Reports on military cantonments and civil stations in the Presidency of Bombay inspected by the Sanitary Commissioner in the years 1875 and 1876
Year: 1875
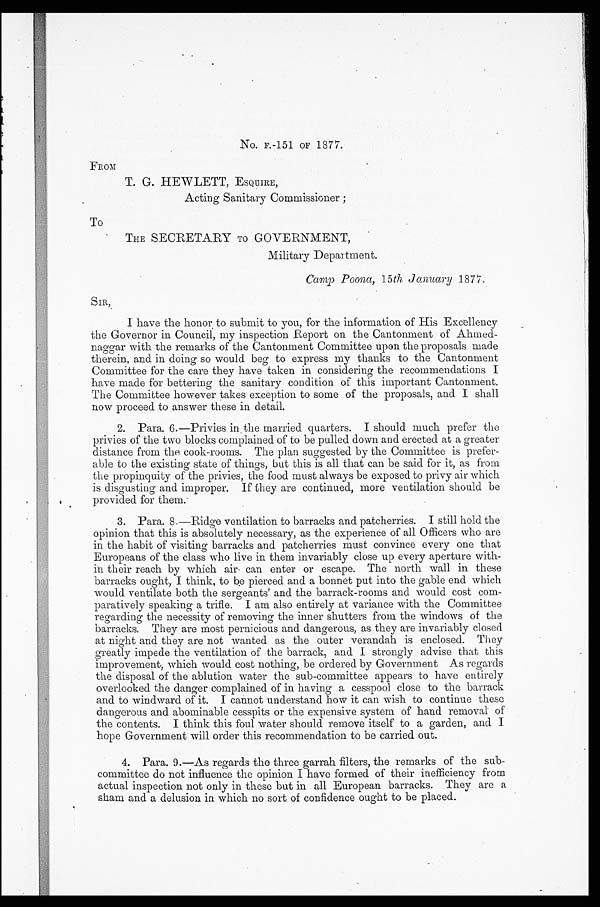
No. F.-151 OF 1877.
FROM
T. G. HEWLETT, ESQUIRE,
Acting Sanitary Commissioner ;
TO
THE SECRETARY TO GOVERNMENT,
Military Department.
Camp Poona, 15 th January 1877.
SIR,
I h a v e t h e h o n o r t o s u b m i t t o y o u , f o r t h e i n f o r m a t i o n o f H i s E x c e l l e n c y
the Governor in Council, my inspection Report on the Cantonment of Ahme
d - n a g g a r w i t h t h e r e m a r k s o f t h e C a n t o n m e n t C o m m i t t e e u p o n t h e p r o p o s a l s m a d e
therein, and in doing so would beg to express my thanks to the Cantonment
Committee for the care they have taken in considering the recommendations I
have made for bettering the sanitary condition of this important Cantonment.
The Committee however takes exception to some of the proposals, and I shall
now proceed to answer these in detail.
2. Para. 6.—Privies in the married quarters. I should much prefer the
privies of the two blocks complained of to be pulled down and erected at a greater
distance from the cook-rooms. The plan suggested by the Committee is prefer-
able to the existing state of things, but this is all that can be said for it, as from
the propinquity of the privies, the food must always be exposed to privy air which
is disgusting and improper. If they are continued, more ventilation should be
provided for them.
3. Para. 8.—Ridge ventilation to barracks and patcherries. I still hold the
opinion that this is absolutely necessary, as the experience of all Officers who are
in the habit of visiting barracks and patcherries must convince every one that
Europeans of the class who live in them invariably close up every aperture with
- i n t h e i r r e a c h b y w h i c h a i r c a n e n t e r o r e s c a p e . T h e n o r t h w a l l i n t h e s e
barracks ought, I think, to be pierced and a bonnet put into the gable end which
would ventilate both the sergeants' and the barrack-rooms and would cost com-
paratively speaking a trifle. I am also entirely at variance with the Committee
regarding the necessity of removing the inner shutters from the windows of the
barracks. They are most pernicious and dangerous, as they are invariably closed
at night and they are not wanted as the outer verandah is enclosed. They
greatly impede the ventilation of the barrack, and. I strongly advise that this
improvement, which would cost nothing, be ordered by Government As regards
the disposal of the ablution water the sub-committee appears to have entirely
overlooked the danger complained of in having a cesspool close to the barrack
and to windward of it. I cannot understand how it can wish to continue these
dangerous and abominable cesspits or the expensive system of hand removal of
the contents. I think this foul water should remove itself to a garden, and I
hope Government will order this recommendation to be carried out.
4. Para. 9.—As regards the three garrah filters, the remarks of the sub-
committee do not influence the opinion I have formed of their inefficiency from
actual inspection not only in these but in all European barracks. They are a
sham and a delusion in which no sort of confidence ought to be placed.